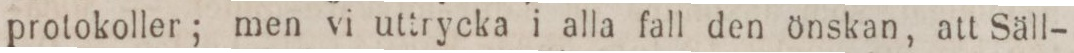
protokoller; men vi uttrycka i alla fall den önskan, att Säll-